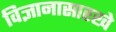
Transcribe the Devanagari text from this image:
विज्ञानासारखे